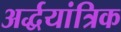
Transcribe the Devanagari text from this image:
अर्द्धयांत्रिक